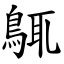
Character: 䳖